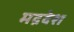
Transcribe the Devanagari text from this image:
मद्रदेश